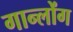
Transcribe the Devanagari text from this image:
गान्लोंग